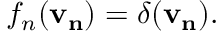
f _ { n } ( \mathbf { v _ { n } } ) = \delta ( \mathbf { v _ { n } } ) .